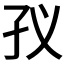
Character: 𭒻